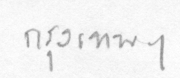
กรุงเทพฯ